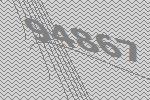
94867